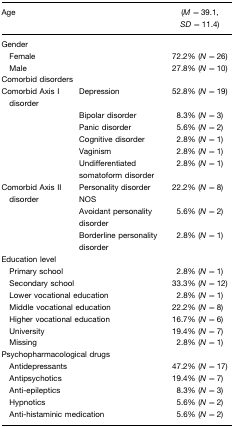
<table><thead><tr><td><b>Age</b></td><td></td><td><b>(<i>M</i> = 39.1, <i>SD</i> = 11.4)</b></td></tr></thead><tbody><tr><td>Gender</td><td></td><td></td></tr><tr><td> Female</td><td></td><td>72.2% (<i>N</i> = 26)</td></tr><tr><td> Male</td><td></td><td>27.8% (<i>N</i> = 10)</td></tr><tr><td>Comorbid disorders</td><td></td><td></td></tr><tr><td>Comorbid Axis I disorder</td><td>Depression</td><td>52.8% (<i>N</i> = 19)</td></tr><tr><td></td><td>Bipolar disorder</td><td>8.3% (<i>N</i> = 3)</td></tr><tr><td></td><td>Panic disorder</td><td>5.6% (<i>N</i> = 2)</td></tr><tr><td></td><td>Cognitive disorder</td><td>2.8% (<i>N</i> = 1)</td></tr><tr><td></td><td>Vaginism</td><td>2.8% (<i>N</i> = 1)</td></tr><tr><td></td><td>Undifferentiated somatoform disorder</td><td>2.8% (<i>N</i> = 1)</td></tr><tr><td>Comorbid Axis II disorder</td><td>Personality disorder NOS</td><td>22.2% (<i>N</i> = 8)</td></tr><tr><td></td><td>Avoidant personality disorder</td><td>5.6% (<i>N</i> = 2)</td></tr><tr><td></td><td>Borderline personality disorder</td><td>2.8% (<i>N</i> = 1)</td></tr><tr><td colspan="2">Education level</td><td></td></tr><tr><td colspan="2"> Primary school</td><td>2.8% (<i>N</i> = 1)</td></tr><tr><td colspan="2"> Secondary school</td><td>33.3% (<i>N</i> = 12)</td></tr><tr><td colspan="2"> Lower vocational education</td><td>2.8% (<i>N</i> = 1)</td></tr><tr><td colspan="2"> Middle vocational education</td><td>22.2% (<i>N</i> = 8)</td></tr><tr><td colspan="2"> Higher vocational education</td><td>16.7% (<i>N</i> = 6)</td></tr><tr><td colspan="2"> University</td><td>19.4% (<i>N</i> = 7)</td></tr><tr><td colspan="2"> Missing</td><td>2.8% (<i>N</i> = 1)</td></tr><tr><td colspan="2">Psychopharmacological drugs</td><td></td></tr><tr><td colspan="2"> Antidepressants</td><td>47.2% (<i>N</i> = 17)</td></tr><tr><td colspan="2"> Antipsychotics</td><td>19.4% (<i>N</i> = 7)</td></tr><tr><td colspan="2"> Anti-epileptics</td><td>8.3% (<i>N</i> = 3)</td></tr><tr><td colspan="2"> Hypnotics</td><td>5.6% (<i>N</i> = 2)</td></tr><tr><td colspan="2"> Anti-histaminic medication</td><td>5.6% (<i>N</i> = 2)</td></tr></tbody></table>